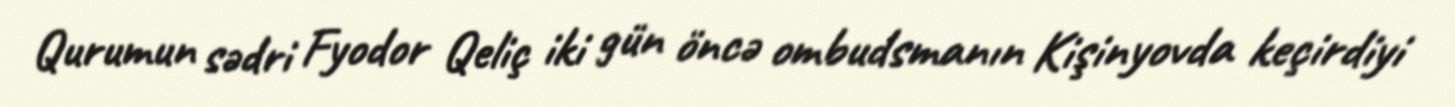
Qurumun sədri Fyodor Qeliç iki gün öncə ombudsmanın Kişinyovda keçirdiyi